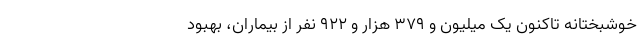
خوشبختانه تاکنون یک میلیون و ۳۷۹ هزار و ۹۲۲ نفر از بیماران، بهبود